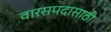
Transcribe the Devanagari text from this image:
वारसपदासाठी